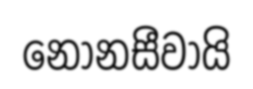
නොනසීවායි